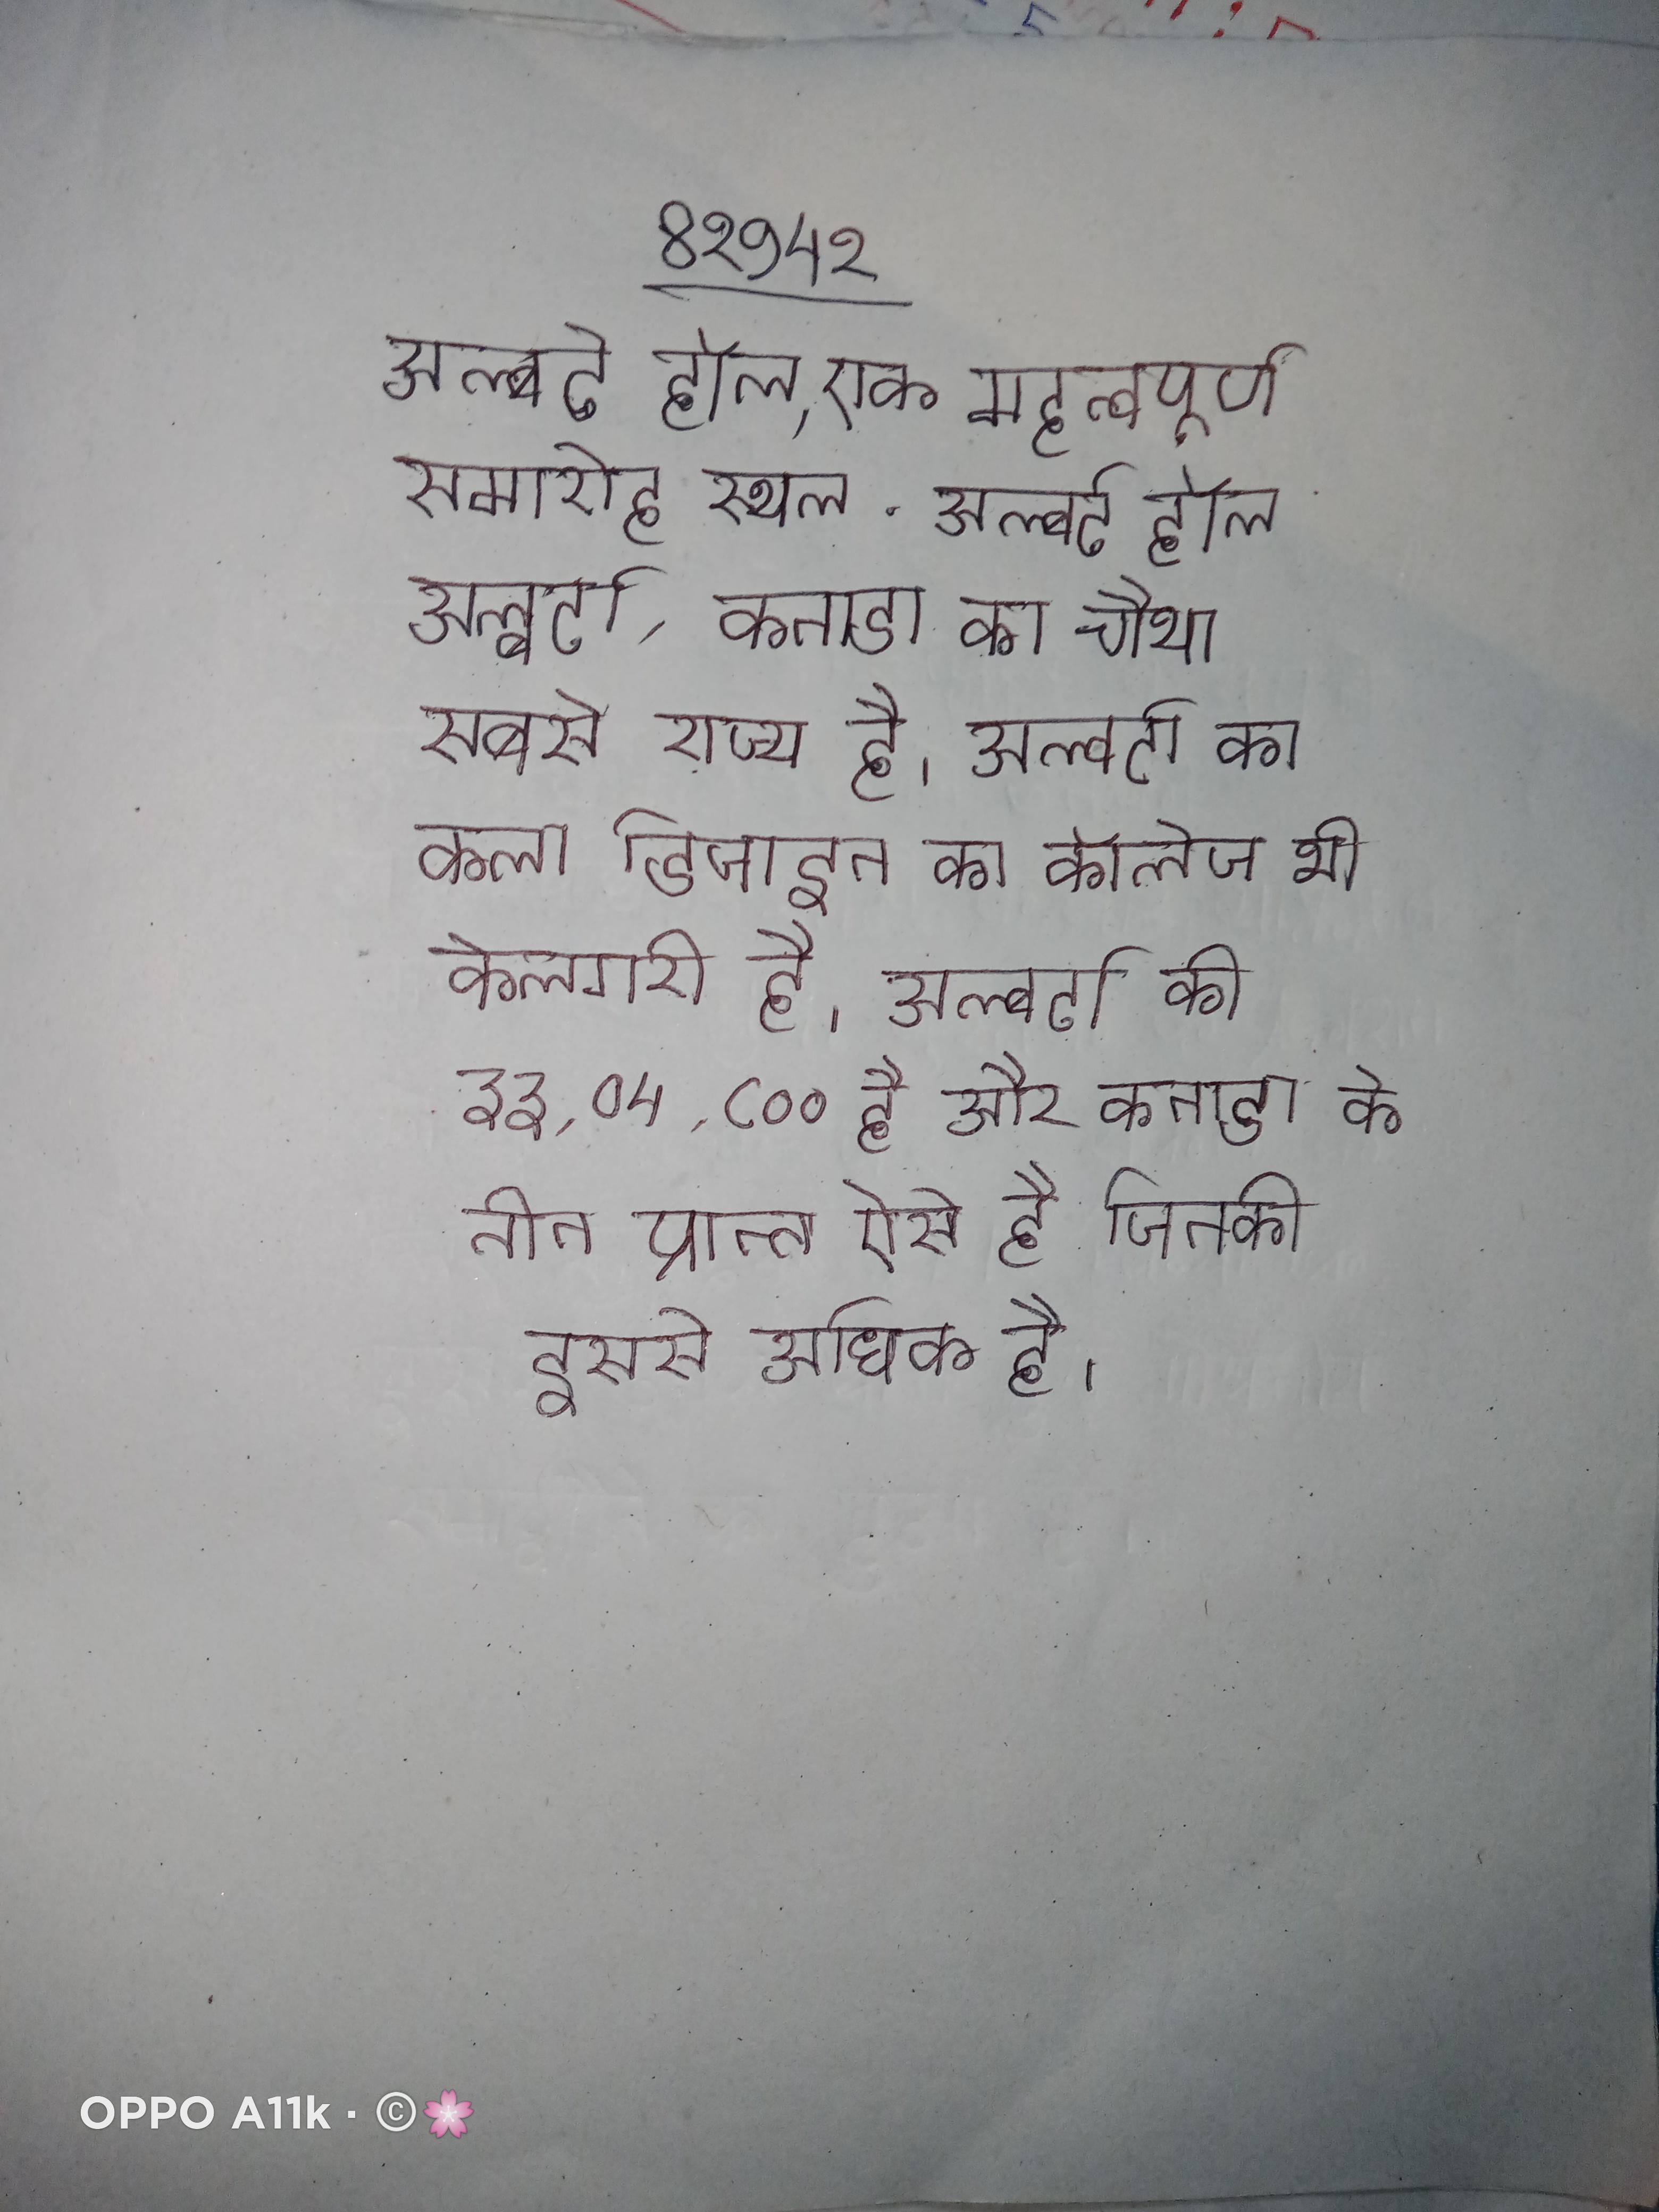
अल्बर्ट हॉल, एक महत्वपूर्ण समारोह स्थल . अल्बर्ट हॉल अल्बर्टा, कनाडा का चौथा सबसे राज्य है । अल्बर्टा का कला डिजाइन का कॉलेज भी कैलगरी है । अल्बर्टा की ३३,०५,८०० है और कनाडा के तीन प्रान्त ऐसे है जिनकी इससे अधिक है ।